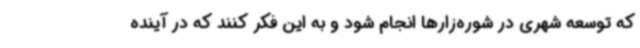
که توسعه شهری در شوره‌زارها انجام شود و به این فکر کنند که در آینده